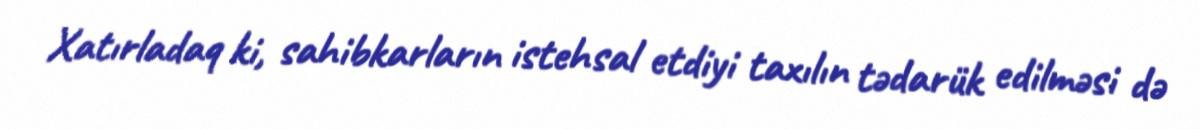
Xatırladaq ki, sahibkarların istehsal etdiyi taxılın tədarük edilməsi də